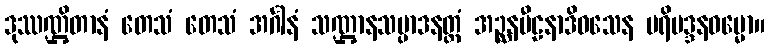
ဒုဿဏ္ဌိတာနံ တေသံ တေသံ အင်္ဂါနံ သဏ္ဌာနသမ္ပာဒနတ္ထံ အဉ္ဆနပီဠနာဒိဝသေန ပရိမဒ္ဒနဓမ္မော။